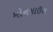
મોનમાઉથ